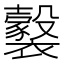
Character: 𧞹